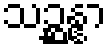
သဉ္ဆန္နာ